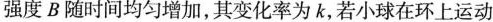
强度B随时间均匀增加，其变化率为k，若小球在环上运动